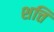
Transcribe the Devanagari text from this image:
शत्ति